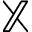
\mathbb { X }